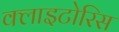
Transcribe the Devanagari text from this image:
क्लाइटोरिस